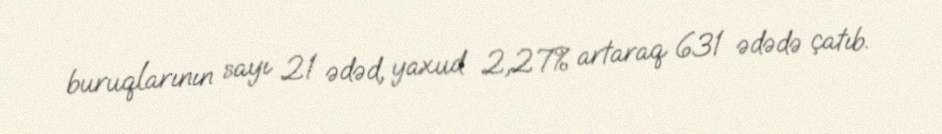
buruqlarının sayı 21 ədəd, yaxud 2,27% artaraq 631 ədədə çatıb.